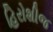
હિરોશીજ